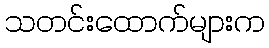
သတင်းထောက်များက